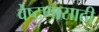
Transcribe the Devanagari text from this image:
वेष्टणासाठी